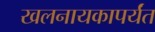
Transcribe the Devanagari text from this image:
खलनायकापर्यंत